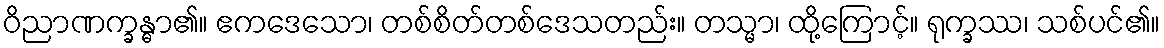
ဝိညာဏက္ခန္ဓာ၏။ ဧကဒေသော၊ တစ်စိတ်တစ်ဒေသတည်း။ တသ္မာ၊ ထို့ကြောင့်။ ရုက္ခဿ၊ သစ်ပင်၏။